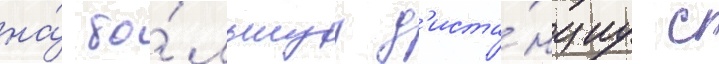
на́ бо́льшуу д'иста́нциу с